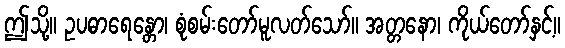
ဤသို့။ ဥပဓာရေန္တော၊ စုံစမ်းတော်မူလတ်သော်။ အတ္တနော၊ ကိုယ်တော်နှင့်။